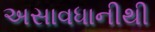
અસાવધાનીથી